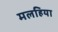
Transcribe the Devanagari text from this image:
मलहिया